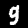
Digit: 9